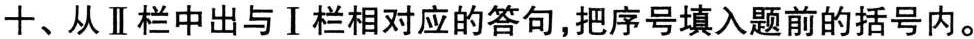
十、从Ⅱ栏中出与Ⅰ栏相对应的答句,把序号填入题前的括号内.